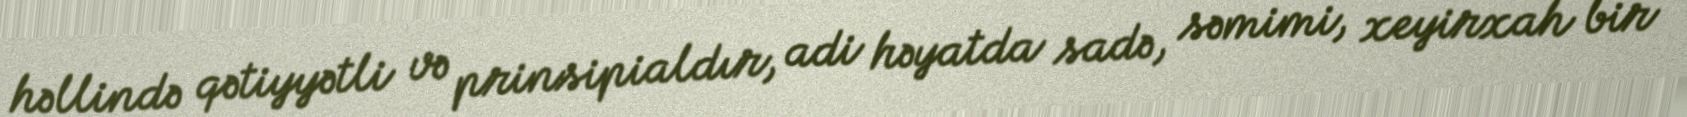
həllində qətiyyətli və prinsipialdır, adi həyatda sadə, səmimi, xeyirxah bir